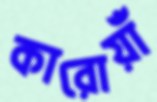
কারোয়াঁ